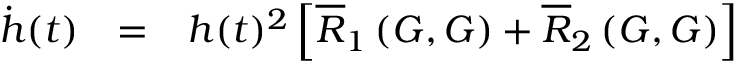
\begin{array} { l l l } { \dot { h } ( t ) } & { = } & { h ( t ) ^ { 2 } \left[ \overline { { R } } _ { 1 } \left( G , G \right) + \overline { { R } } _ { 2 } \left( G , G \right) \right] } \end{array}